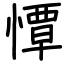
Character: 憛